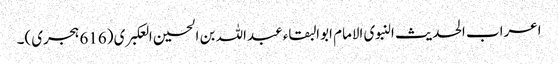
اعراب الحدیث النبوی الامام ابوالبقاء عبداللہ بن الحسین العکبری (616 ہجری)۔